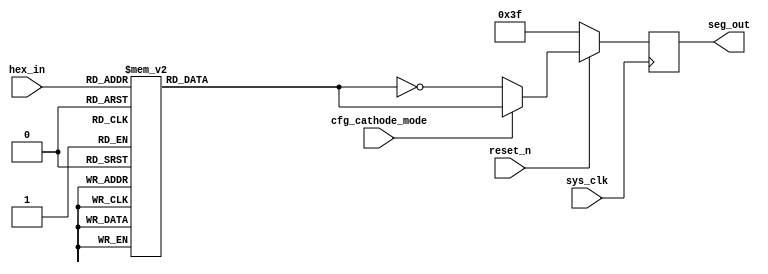
// Verilog model of circuit of Figure 3.35 in Digital Systems 5th ed. 

module seg_display(sys_clk,cfg_cathode_mode,hex_in,reset_n,seg_out);
   
   output [6:0]seg_out;
   input sys_clk,cfg_cathode_mode,reset_n;
   input [3:0]hex_in;
   reg [6:0]a,seg_out;
always @(posedge sys_clk)
begin
case(hex_in)
4'h0:a = 7'b0111111;
4'h1:a = 7'b0000110;
4'h2:a = 7'b1011011;
4'h3:a = 7'b1001111;
4'h4:a = 7'b1100110;
4'h5:a = 7'b1101101;
4'h6:a = 7'b1111101;
4'h7:a = 7'b0000111;
4'h8:a = 7'b1111111;
4'h9:a = 7'b1100111;
4'hA:a = 7'b1110111;
4'hB:a = 7'b1111100;
4'hC:a = 7'b0111001;
4'hD:a = 7'b1011110;
4'hE:a = 7'b1111001;
4'hF:a = 7'b1110001;
endcase
if (reset_n == 1)
  begin
  if (cfg_cathode_mode ==1)
  seg_out = a;
  else
  seg_out =~a;
  end
else
seg_out = 7'b0111111;
end
endmodule